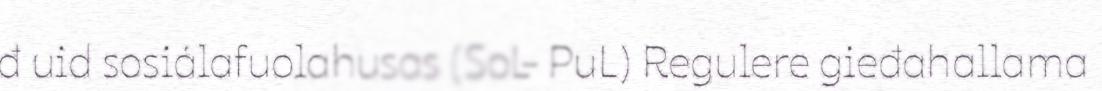
đ uid sosiálafuolahusas (SoL- PuL) Regulere gieđahallama